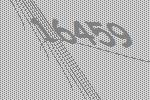
16459